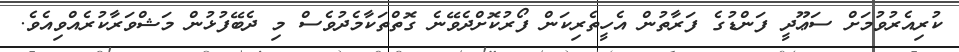
ކުރިއެރުވުމަށް ސަޢޫދީ ފަންޑުގެ ފަރާތުން އެހީތެރިކަން ފޯރުކޮށްދެވޭނެ ގޮތްތަކާމެދުވެސް މި ދެބޭފުޅުން މަޝްވަރާކުރެއްވިއެވެ.